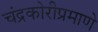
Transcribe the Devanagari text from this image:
चंद्रकोरीप्रमाणे